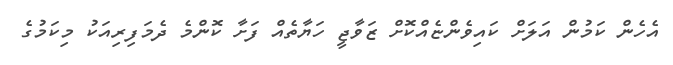
އެހެން ކަމުން އަލަށް ކައިވެންޏެއްކޮށް ޒަވާޖީ ހަޔާތެއް ފަށާ ކޮންމެ ދެމަފިރިއަކު މިކަމުގެ